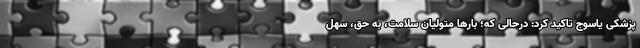
پزشکی یاسوج تاکید کرد: درحالی که؛ بارها متولیان سلامت، به حق، سهل